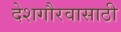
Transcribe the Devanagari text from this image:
देशगौरवासाठी